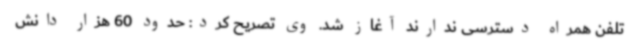
تلفن همراه دسترسی ندارند آغاز شد. وی تصریح کرد: حدود 60 هزار دانش